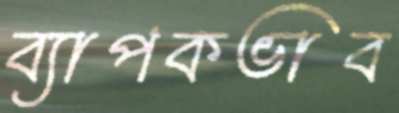
ব্যাপকভাব